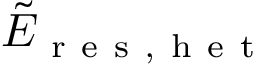
\tilde { E } _ { \mathrm { ~ r ~ e ~ s ~ , ~ h ~ e ~ t ~ } }